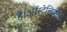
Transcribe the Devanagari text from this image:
है।ऑस्ट्रेलियन